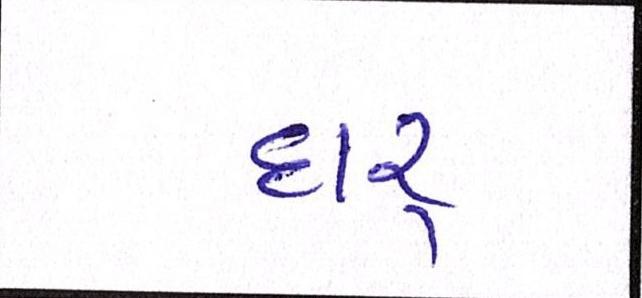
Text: દારૃ